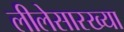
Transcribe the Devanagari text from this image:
लीलेसारख्या